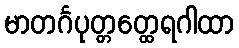
မာတင်္ဂပုတ္တတ္ထေရဂါထာ